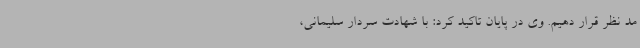
مد نظر قرار دهیم. وی در پایان تاکید کرد: با شهادت سردار سلیمانی،